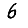
Digit: 6